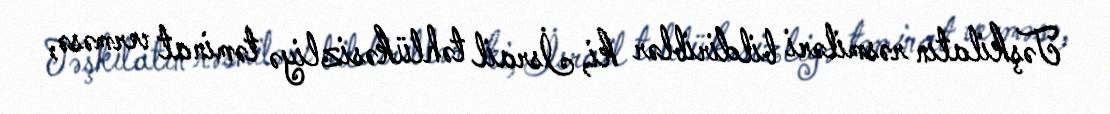
Təşkilatın rəsmiləri bildiriblər ki, İsrail təhlükəsizliyə təminat verməsə,